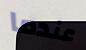
عندما